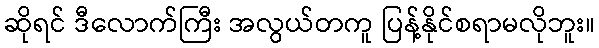
ဆိုရင် ဒီလောက်ကြီး အလွယ်တကူ ပြန့်နိုင်စရာမလိုဘူး။